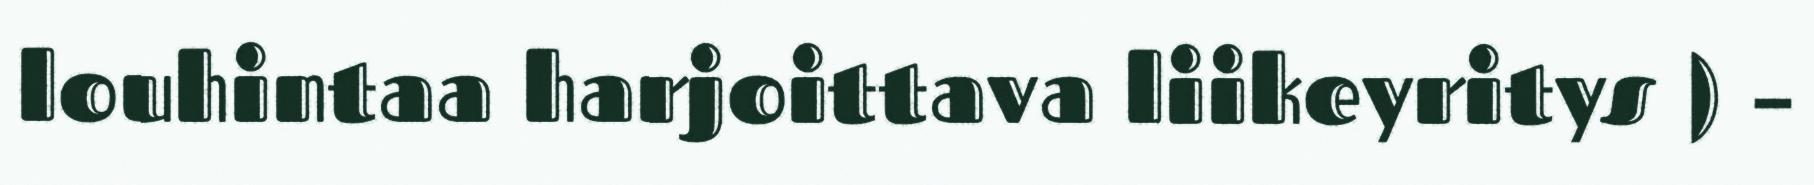
louhintaa harjoittava liikeyritys ) –